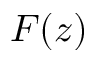
F ( z )